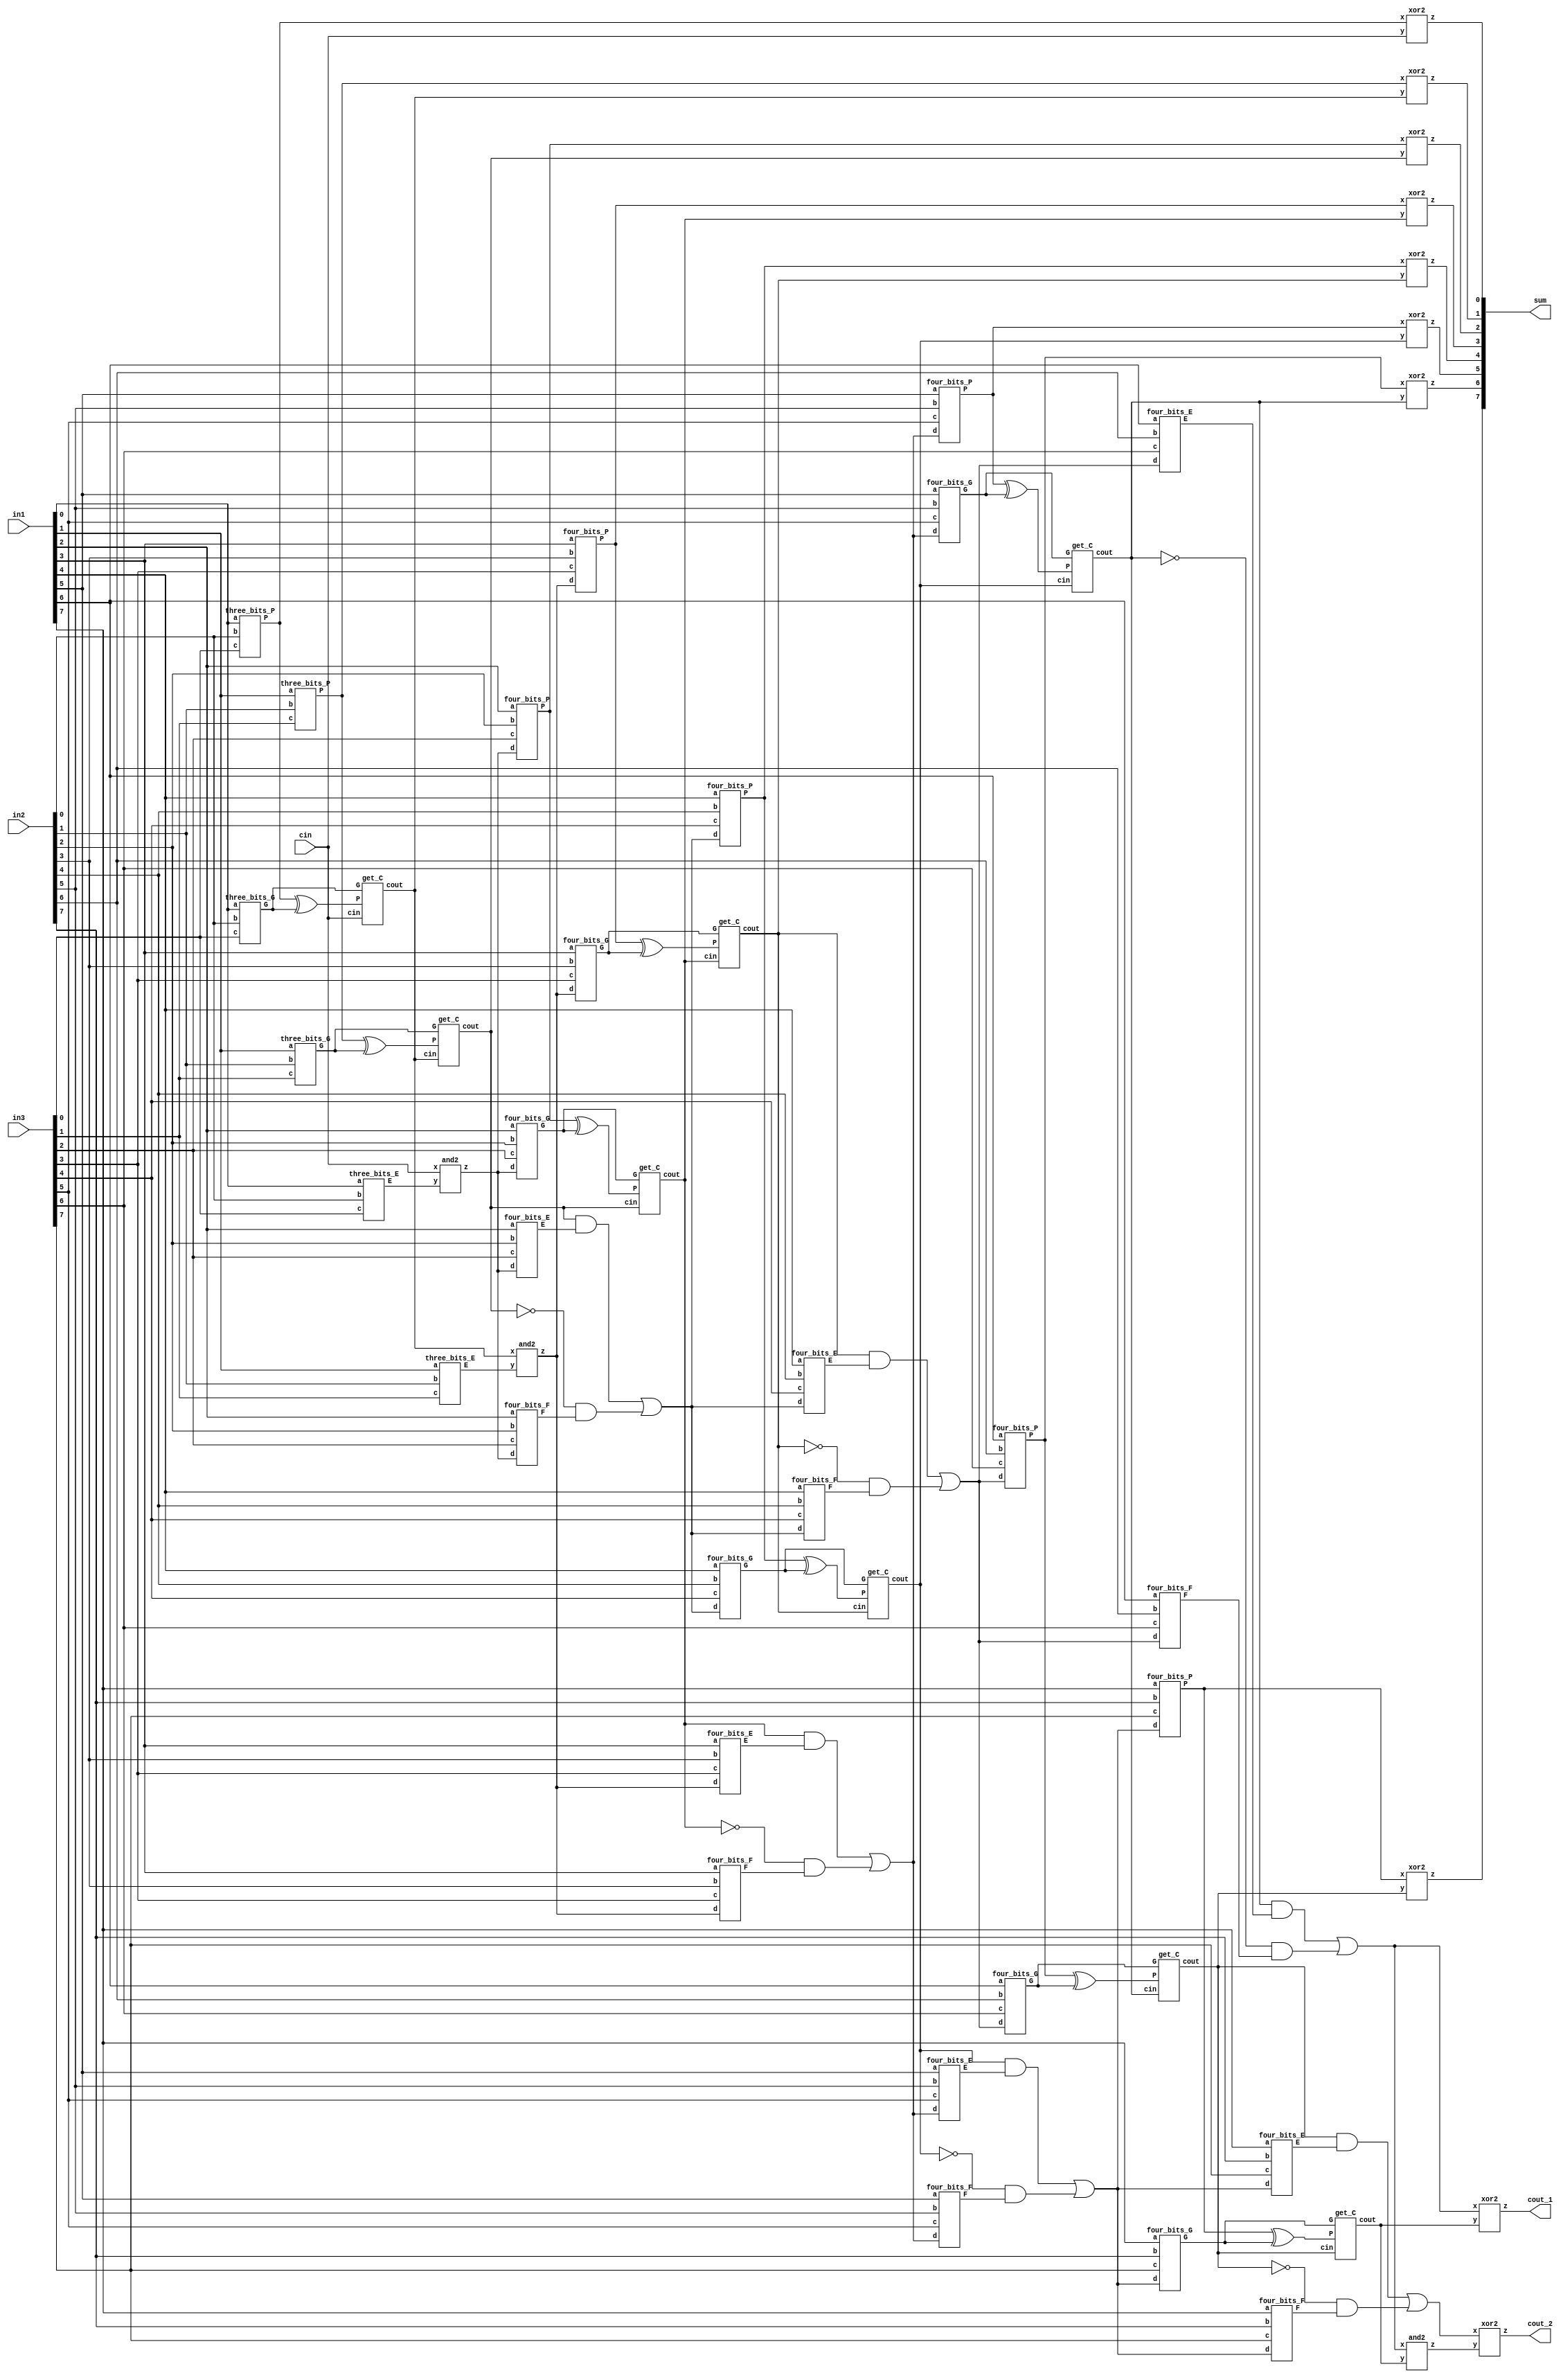
module carry_lookahead_adder_3_8bits(output [7:0] sum,
                                   output cout_1, cout_2,
                                   input [7:0] in1, in2, in3,
                                   input cin);

  wire [9:0] P, G, C;
  wire [7:0] D, E, F;

  assign C[0] = cin;
  three_bits_P cel_1(P[0], in1[0], in2[0], in3[0]);
  three_bits_P cel_2(P[1], in1[1], in2[1], in3[1]);
  four_bits_P  cel_3(P[2], in1[2], in2[2], in3[2], D[0]);
  four_bits_P  cel_4(P[3], in1[3], in2[3], in3[3], D[1]);
  four_bits_P  cel_5(P[4], in1[4], in2[4], in3[4], D[2]);
  four_bits_P  cel_6(P[5], in1[5], in2[5], in3[5], D[3]);
  four_bits_P  cel_7(P[6], in1[6], in2[6], in3[6], D[4]);
  four_bits_P  cel_8(P[7], in1[7], in2[7], in3[7], D[5]);

  three_bits_G cel_11(G[0], in1[0], in2[0], in3[0]);
  three_bits_G cel_12(G[1], in1[1], in2[1], in3[1]);
  four_bits_G  cel_13(G[2], in1[2], in2[2], in3[2], D[0]);
  four_bits_G  cel_14(G[3], in1[3], in2[3], in3[3], D[1]);
  four_bits_G  cel_15(G[4], in1[4], in2[4], in3[4], D[2]);
  four_bits_G  cel_16(G[5], in1[5], in2[5], in3[5], D[3]);
  four_bits_G  cel_17(G[6], in1[6], in2[6], in3[6], D[4]);
  four_bits_G  cel_18(G[7], in1[7], in2[7], in3[7], D[5]);
 
  three_bits_E cel_21(E[0], in1[0], in2[0], in3[0]);
  three_bits_E cel_22(E[1], in1[1], in2[1], in3[1]);
  four_bits_E  cel_23(E[2], in1[2], in2[2], in3[2], D[0]);
  four_bits_E  cel_24(E[3], in1[3], in2[3], in3[3], D[1]);
  four_bits_E  cel_25(E[4], in1[4], in2[4], in3[4], D[2]);
  four_bits_E  cel_26(E[5], in1[5], in2[5], in3[5], D[3]);
  four_bits_E  cel_27(E[6], in1[6], in2[6], in3[6], D[4]);
  four_bits_E  cel_28(E[7], in1[7], in2[7], in3[7], D[5]);


  four_bits_F  cel_33(F[2], in1[2], in2[2], in3[2], D[0]);
  four_bits_F  cel_34(F[3], in1[3], in2[3], in3[3], D[1]);
  four_bits_F  cel_35(F[4], in1[4], in2[4], in3[4], D[2]);
  four_bits_F  cel_36(F[5], in1[5], in2[5], in3[5], D[3]);
  four_bits_F  cel_37(F[6], in1[6], in2[6], in3[6], D[4]);
  four_bits_F  cel_38(F[7], in1[7], in2[7], in3[7], D[5]);


  assign P[8] = D[6];
  assign P[9] = D[7];


  //assign C[1] = (C[0] & (P[0] ^ G[0])) + (!C[0] & G[0]); 
  get_C cel_40(C[1], C[0], P[0] ^ G[0], G[0]);
  get_C cel_41(C[2], C[1], P[1] ^ G[1], G[1]);
  get_C cel_42(C[3], C[2], P[2] ^ G[2], G[2]);
  get_C cel_43(C[4], C[3], P[3] ^ G[3], G[3]);
  get_C cel_44(C[5], C[4], P[4] ^ G[4], G[4]);
  get_C cel_45(C[6], C[5], P[5] ^ G[5], G[5]);
  get_C cel_46(C[7], C[6], P[6] ^ G[6], G[6]);
  get_C cel_47(C[8], C[7], P[7] ^ G[7], G[7]);
  and2  AND09(C[9], D[6], C[8]);

  and2 AND10(D[0], C[0], E[0]);
  and2 AND11(D[1], C[1], E[1]);
  assign D[2] = (C[2] & E[2]) | (!C[2] & F[2]);
  assign D[3] = (C[3] & E[3]) | (!C[3] & F[3]);
  assign D[4] = (C[4] & E[4]) | (!C[4] & F[4]);
  assign D[5] = (C[5] & E[5]) | (!C[5] & F[5]);
  assign D[6] = (C[6] & E[6]) | (!C[6] & F[6]);
  assign D[7] = (C[7] & E[7]) | (!C[7] & F[7]);

  xor2 XOR10(sum[0], P[0], C[0]);
  xor2 XOR11(sum[1], P[1], C[1]);
  xor2 XOR12(sum[2], P[2], C[2]);
  xor2 XOR13(sum[3], P[3], C[3]);
  xor2 XOR14(sum[4], P[4], C[4]);
  xor2 XOR15(sum[5], P[5], C[5]);
  xor2 XOR16(sum[6], P[6], C[6]);
  xor2 XOR17(sum[7], P[7], C[7]);
  xor2 XOR18(cout_1, P[8], C[8]);
  xor2 XOR19(cout_2, P[9], C[9]);
endmodule

module get_C(output cout,
             input cin,
             input P,
             input G);

  assign cout = (cin & (P)) + (!cin & G);
endmodule

module three_bits_P(output P,
                    input a,
                    input b,
                    input c);

  assign P = a ^ b ^ c;
endmodule

module three_bits_G(output G,
                    input a,
                    input b,
                    input c);
  assign G = (a & b) ^ (a & c) ^ (b & c);
endmodule

module three_bits_E(output E,
                    input a,
                    input b,
                    input c);
  assign E = a & b & c;
endmodule

module four_bits_P(output P,
               input a,
               input b,
               input c,
               input d);

  assign P = a ^ b ^ c ^ d;
endmodule

module four_bits_G(output G,
               input a,
               input b,
               input c,
               input d);
  assign G = (a & b) ^ (a & c) ^ (a & d) ^ (b & c) ^ (b & d) ^ (c & d);
endmodule

module four_bits_F(output F,
               input a,
               input b,
               input c,
               input d);
  assign F = a & b & c & d;
endmodule

module four_bits_E(output E,
               input a,
               input b,
               input c,
               input d);
  assign E = (a & b & c) ^ (a & b & d) ^ (a & c & d) ^ (b & c & d) ^ (a & b & c & d);
endmodule

module and2(output wire z,
           input wire x,
           input wire y);
  assign z = x & y;
endmodule

module or2(output wire z,
           input wire x,
           input wire y);
  assign z = x | y;
endmodule

module xor2(output wire z,
           input wire x,
           input wire y);
  assign z = x ^ y;
endmodule

module and3(output wire z,
           input wire w,
           input wire x,
           input wire y);
  assign z = w & x & y;
endmodule

module xor3(output wire z,
           input wire w,
           input wire x,
           input wire y);
  assign z = w ^ x ^ y;
endmodule

module xor4(output wire z,
           input wire v,
           input wire w,
           input wire x,
           input wire y);
  assign z = v ^ w ^ x ^ y;
endmodule

module xor5(output wire z,
           input wire u,
           input wire v,
           input wire w,
           input wire x,
           input wire y);
  assign z = u ^ v ^ w ^ x ^ y;
endmodule

module xor6(output wire z,
           input wire t,
           input wire u,
           input wire v,
           input wire w,
           input wire x,
           input wire y);
  assign z = t ^ u ^ v ^ w ^ x ^ y;
endmodule